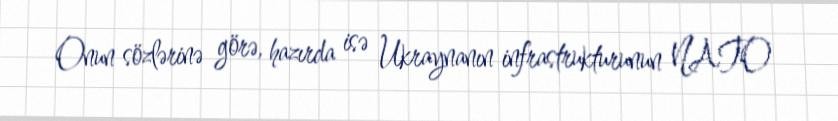
Onun sözlərinə görə, hazırda isə Ukraynanın infrastrukturunun NATO